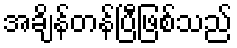
အချိန်တန်ပြီဖြစ်သည်